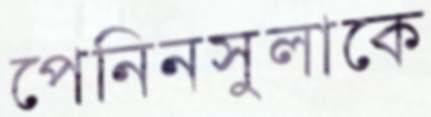
পেনিনসুলাকে